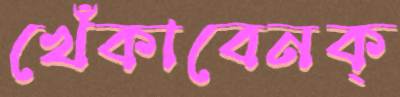
খেঁকাবেনক্